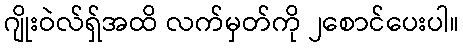
ဂျိုးဝဲလ်ရှ်အထိ လက်မှတ်ကို ၂စောင်ပေးပါ။